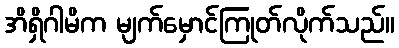
အိရှိဂါမိက မျက်မှောင်ကြုတ်လိုက်သည်။